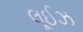
લૂઈઝ